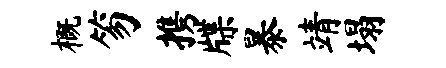
概笏携牒暴靖塌